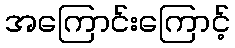
အကြောင်းကြောင့်